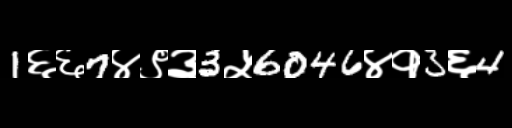
Text: 1६६7४९३3५6046४१3६4